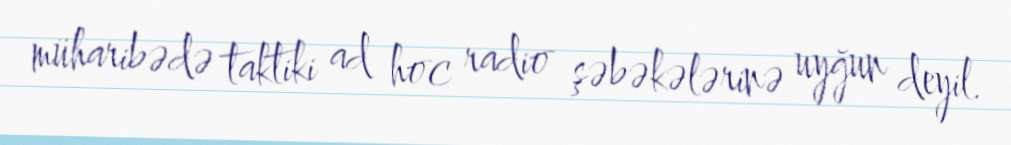
müharibədə taktiki ad hoc radio şəbəkələrinə uyğun deyil.